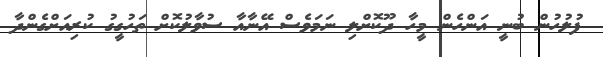
ފުލުހުން ބުނީ އަންހެން މީހާ ދޫކޮށްލި ނަމަވެސް އޭނާއާ ސުވާލުކޮށް ތަހުގީގު ކުރިއަށްގެންދާ